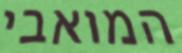
המואבי